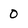
Character: 0